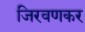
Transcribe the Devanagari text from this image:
जिरवणकर